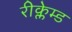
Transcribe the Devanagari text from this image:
रीक्लेम्ड